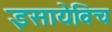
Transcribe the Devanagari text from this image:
इसायेविच